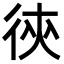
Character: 㣣